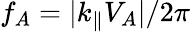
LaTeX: f_{A}=|k_{\parallel}V_{A}|/2\pi